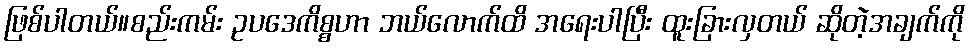
ဖြစ်ပါတယ်။စည်းကမ်း ဥပဒေကိစ္စဟာ ဘယ်လောက်ထိ အရေးပါပြီး ထူးခြားလှတယ် ဆိုတဲ့အချက်ကို